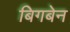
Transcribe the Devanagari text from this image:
बिगबेन